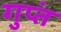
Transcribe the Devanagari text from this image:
गुप्तं